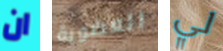
ان العضوية لي